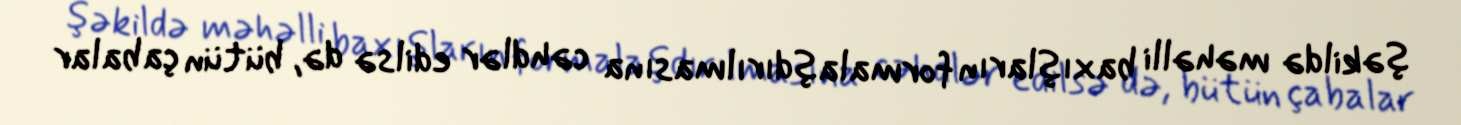
şəkildə məhəlli baxışların formalaşdırılmasına cəhdlər edilsə də, bütün çabalar